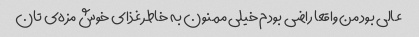
عالی بود من واقعا راضی بودم خیلی ممنون به خاطر غذای خوش مزه‌ی تان